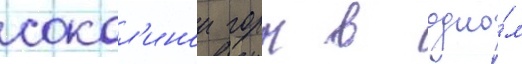
сокол'инои горы в одно́м